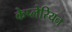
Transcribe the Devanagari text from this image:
केप्लेरियन